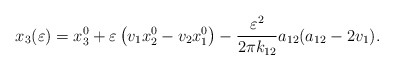
\begin{align*}x_3(\varepsilon)= x_3^0 + \varepsilon \left(v_1 x_2^0 - v_2 x_1^0\right) - \frac{\varepsilon^2}{2\pi k_{12}} a_{12} (a_{12}-2v_1).\end{align*}